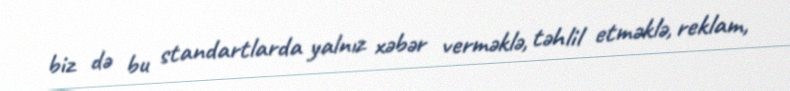
biz də bu standartlarda yalnız xəbər verməklə, təhlil etməklə, reklam,